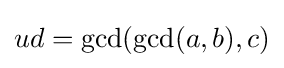
ud=\gcd(\gcd(a,b),c)